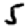
Digit: 5